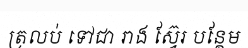
ត្រលប់ ទៅជា រាង ស្វ៊ែរ បន្ថែម